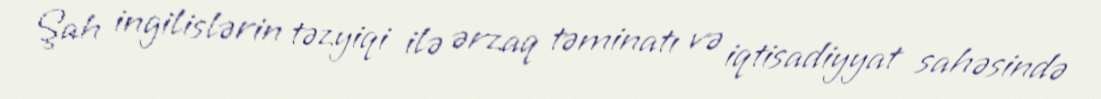
Şah ingilislərin təzyiqi ilə ərzaq təminatı və iqtisadiyyat sahəsində